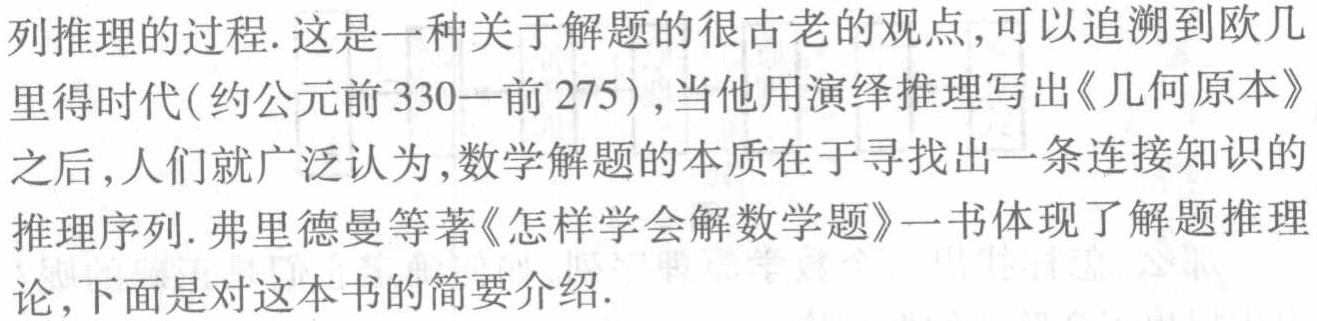
列推理的过程. 这是一种关于解题的很古老的观点,可以追溯到欧几里得时代(约公元前330—前275),当他用演绎推理写出《几何原本》之后,人们就广泛认为,数学解题的本质在于寻找出一条连接知识的推理序列. 弗里德曼等著《怎样学会解数学题》一书体现了解题推理论,下面是对这本书的简要介绍.